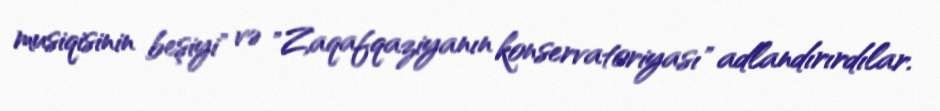
musiqisinin beşiyi" və "Zaqafqaziyanın konservatoriyası" adlandırırdılar.